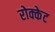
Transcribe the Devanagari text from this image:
रोक्केट